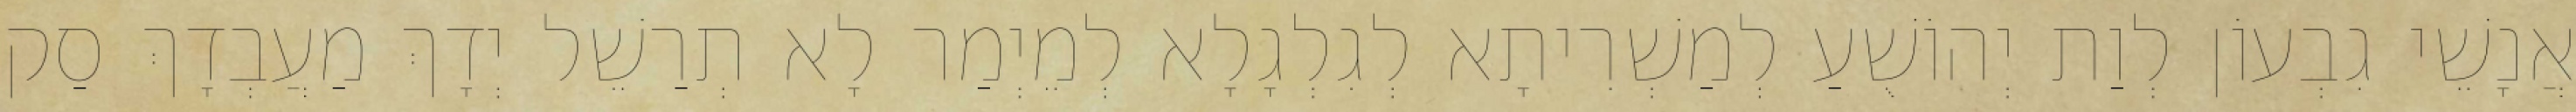
אֲנָשֵׁי גִבְעוֹן לְוַת יְהוֹשֻׁעַ לְמַשְׁרִיתָא לְגִלְגָלָא לְמֵיְמַר לָא תְרַשֵׁל יְדָךְ מַעֲבְדָךְ סַק